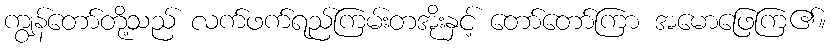
ကျွန်တော်တို့သည် လက်ဖက်ရည်ကြမ်းတအိုးနှင့် တော်တော်ကြာ အမောဖြေကြ၏။